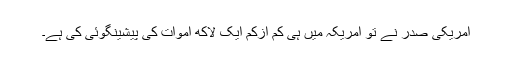
امریکی صدر نے تو امریکہ میں ہی کم ازکم ایک لاکھ اموات کی پیشینگوئی کی ہے۔